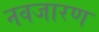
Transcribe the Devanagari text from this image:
नवजारण